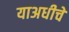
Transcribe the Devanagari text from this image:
याअधीचे